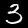
Digit: 3